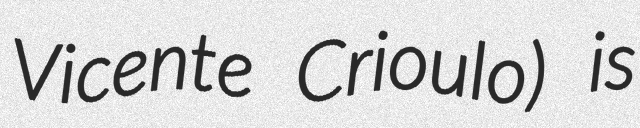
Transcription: Vicente Crioulo) is